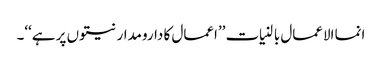
انما الاعمال بالنیات ’’اعمال کا دارومدار نیتوں پر ہے‘‘۔